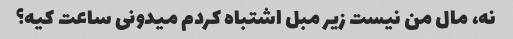
نه، مال من نیست زیر مبل اشتباه کردم میدونی ساعت کیه؟